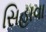
સિહાવા